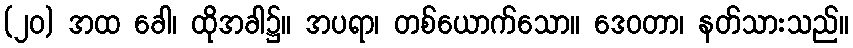
(၂၀) အထ ခေါ၊ ထိုအခါ၌။ အပရာ၊ တစ်ယောက်သော။ ဒေဝတာ၊ နတ်သားသည်။